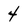
Character: 4